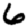
Digit: 6